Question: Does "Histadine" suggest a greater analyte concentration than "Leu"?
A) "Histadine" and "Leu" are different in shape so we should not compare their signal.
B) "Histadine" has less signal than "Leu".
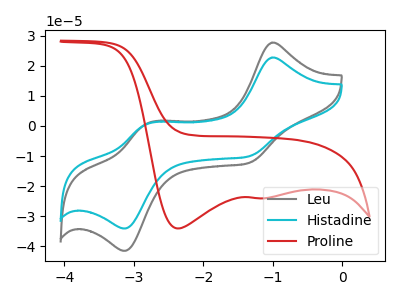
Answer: <think>The gray curve "Leu" has anodic peaks at (-1.00V, 27.70uA) (-2.80V, 0.75uA) and cathodic peaks at (-1.35V, -12.30uA) (-3.10V, -41.45uA). The cyan curve "Histadine" has anodic peaks at (-1.00V, 22.70uA) (-2.80V, 0.60uA) and cathodic peaks at (-1.35V, -10.10uA) (-3.10V, -34.05uA). The red curve "Proline" has cathodic peaks at (-2.35V, -34.05uA) (-1.10V, -24.00uA).
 All the peaks in "Histadine" have a peak in "Leu" at the same potential. Every peak in "Histadine" is lower than every peak in "Leu".</think>
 <answer>B) "Histadine" has less signal than "Leu".</answer>
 <eval>B</eval>